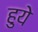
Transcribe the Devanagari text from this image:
हुयेे